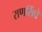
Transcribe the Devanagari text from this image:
राणसिंघे